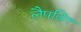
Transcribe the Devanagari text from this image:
लैपविंग